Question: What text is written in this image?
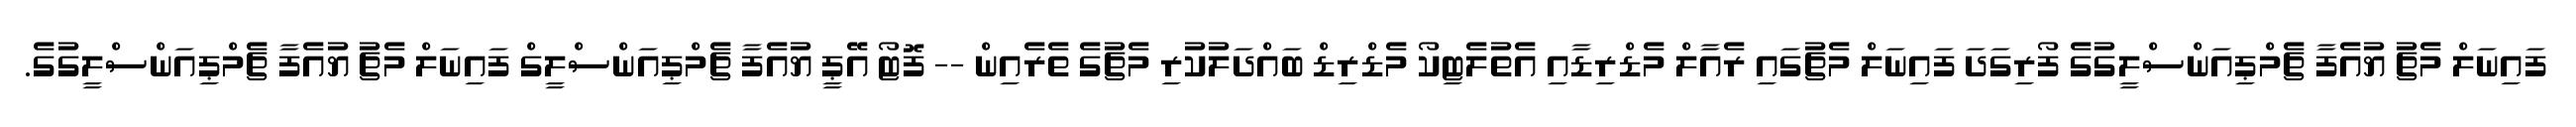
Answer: ފައިނަލް މެޗު ޔުއެފާ ޗެމްޕިއަންސްލީގުގެ ފޯރިގަދަ ފައިނަލް މެޗުގައި ރެއާލް މެޑްރިޑާއި އެތުލެޓިކޯ މެޑްރިޑް ބައްދަލުކުރި މެޗުގެ ތެރެއިން -- ފޮޓޯ އޭޕީ ޔުއެފާ ޗެމްޕިއަންސްލީގް ފައިނަލް މެޗު ޔުއެފާ ޗެމްޕިއަންސްލީގުގެ.